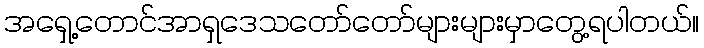
အရှေ့တောင်အာရှဒေသတော်တော်များများမှာတွေ့ရပါတယ်။